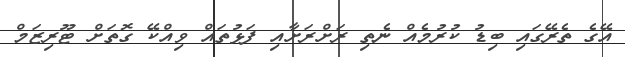
އޭގެ ތެރޭގައި ބިޑު ކުރުމެއް ނެތި ރަށްރަށާއި ފަޅުތައް ވިއްކޭ ގޮތަށް ޓޫރިޒަމް